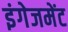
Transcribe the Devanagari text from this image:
इंगेजमेंट